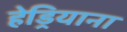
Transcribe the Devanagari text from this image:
हेड्रियाना